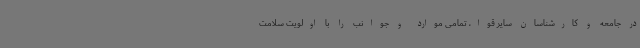
در جامعه و کارشناسان سایر قوا، تمامی موارد و جوانب را با اولویت سلامت